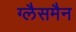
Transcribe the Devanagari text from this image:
ग्लैसमैन